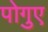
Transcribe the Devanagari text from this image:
पोगुए